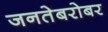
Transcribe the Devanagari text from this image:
जनतेबरोबर